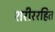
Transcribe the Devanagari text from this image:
शरीररहित